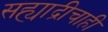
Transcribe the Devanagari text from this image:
सह्याद्रीचाही